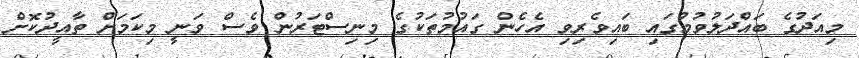
މިއަދުގެ ބައްދަލުވުމުގައި ބައިވެރިވި އެހެން ގައުމުތަކުގެ މިނިސްޓަރުން ވެސް ވަނީ މިކަމަށް ތާއީދުކޮށް